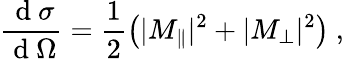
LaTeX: \frac{\mathrm{~d~}\sigma}{\mathrm{~d~}\Omega}=\frac{1}{2}\left(\vert M_{\parallel}\vert^{2}+\vert M_{\perp}\vert^{2}\right)~,